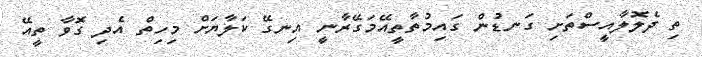
ތި ދެލޮލާއީސްތަށި ގަނޑުން ގައިމުތާތީއޭމަގޭރާނީ އިނގޭ ކަލާޔަށް މިހިތް އެދި ގޮވާ ތީއޭ